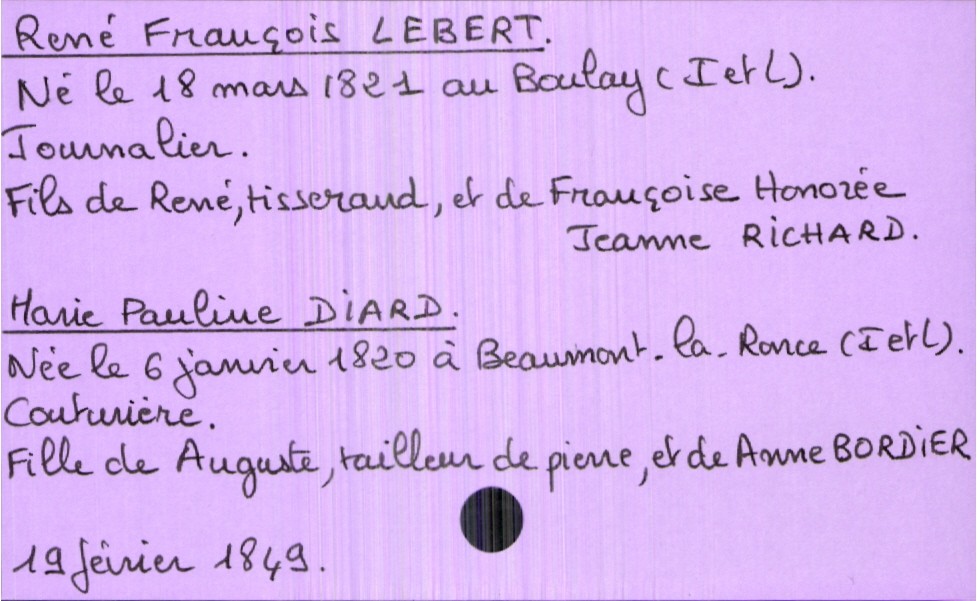
type_acte: Mariage
année: 1849
mois: février
jour: 19
marié_nom: Lebert
marié_prénom: René François
marié_profession: journalier
marié_date_de_naissance: 18 mars 1821
marié_lieu_de_naissance: Le Boulay (Indre et Loire)
père_marié_nom: Lebert
père_marié_prénom: René
père_marié_profession: tisserand
mère_marié_nom: Richard
mère_marié_prénom: Françoise Honorée Jeanne
mariée_nom: Diard
mariée_prénom: Marie Pauline
mariée_profession: couturière
mariée_date_de_naissance: 6 janvier 1820
mariée_lieu_de_naissance: Beaumont-la-Ronce (Indre et Loire)
père_mariée_nom: Diard
père_mariée_prénom: Auguste
père_mariée_profession: tailleur de pierre
mère_mariée_nom: Bordier
mère_mariée_prénom: Anne